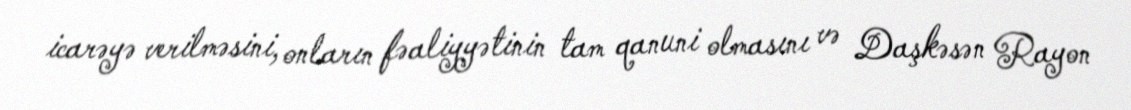
icarəyə verilməsini, onların fəaliyyətinin tam qanuni olmasını və Daşkəsən Rayon